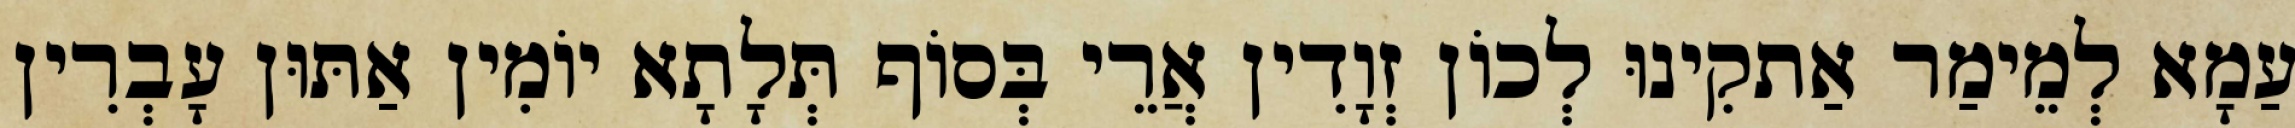
עַמָא לְמֵימַר אַתקִינוּ לְכוֹן זְוָדִין אֲרֵי בְּסוֹף תְּלָתָא יוֹמִין אַתּוּן עָבְרִין